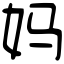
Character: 妈